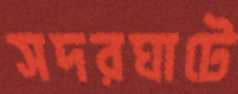
সদরঘাটে